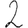
Digit: 2